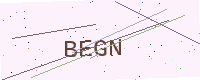
Text: BEGN